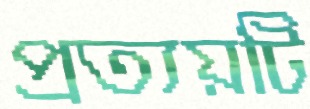
প্রত্যয়টি